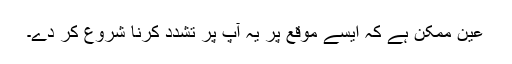
عین ممکن ہے کہ ایسے موقع پر یہ آپ پر تشدد کرنا شروع کر دے۔